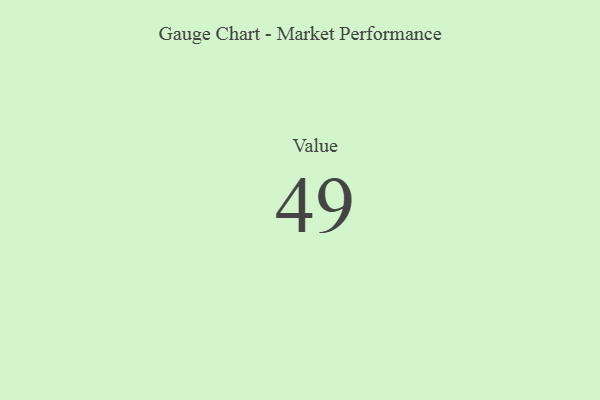
{"axis": {"x": "Metric", "y": "Value"}, "legend": [""], "data": [{"x": "Value", "y": 49, "type": ""}]}